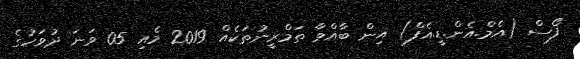
ފޯސް (އެމް.އެން.ޑީ.އެފް) އިން ބާއްވާ ތަމްރީނުތަކެއް 2019 މެއި 05 ވަނަ ދުވަހުގެ